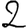
Digit: 2